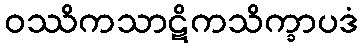
ဝဿိကသာဋိကသိက္ခာပဒံ